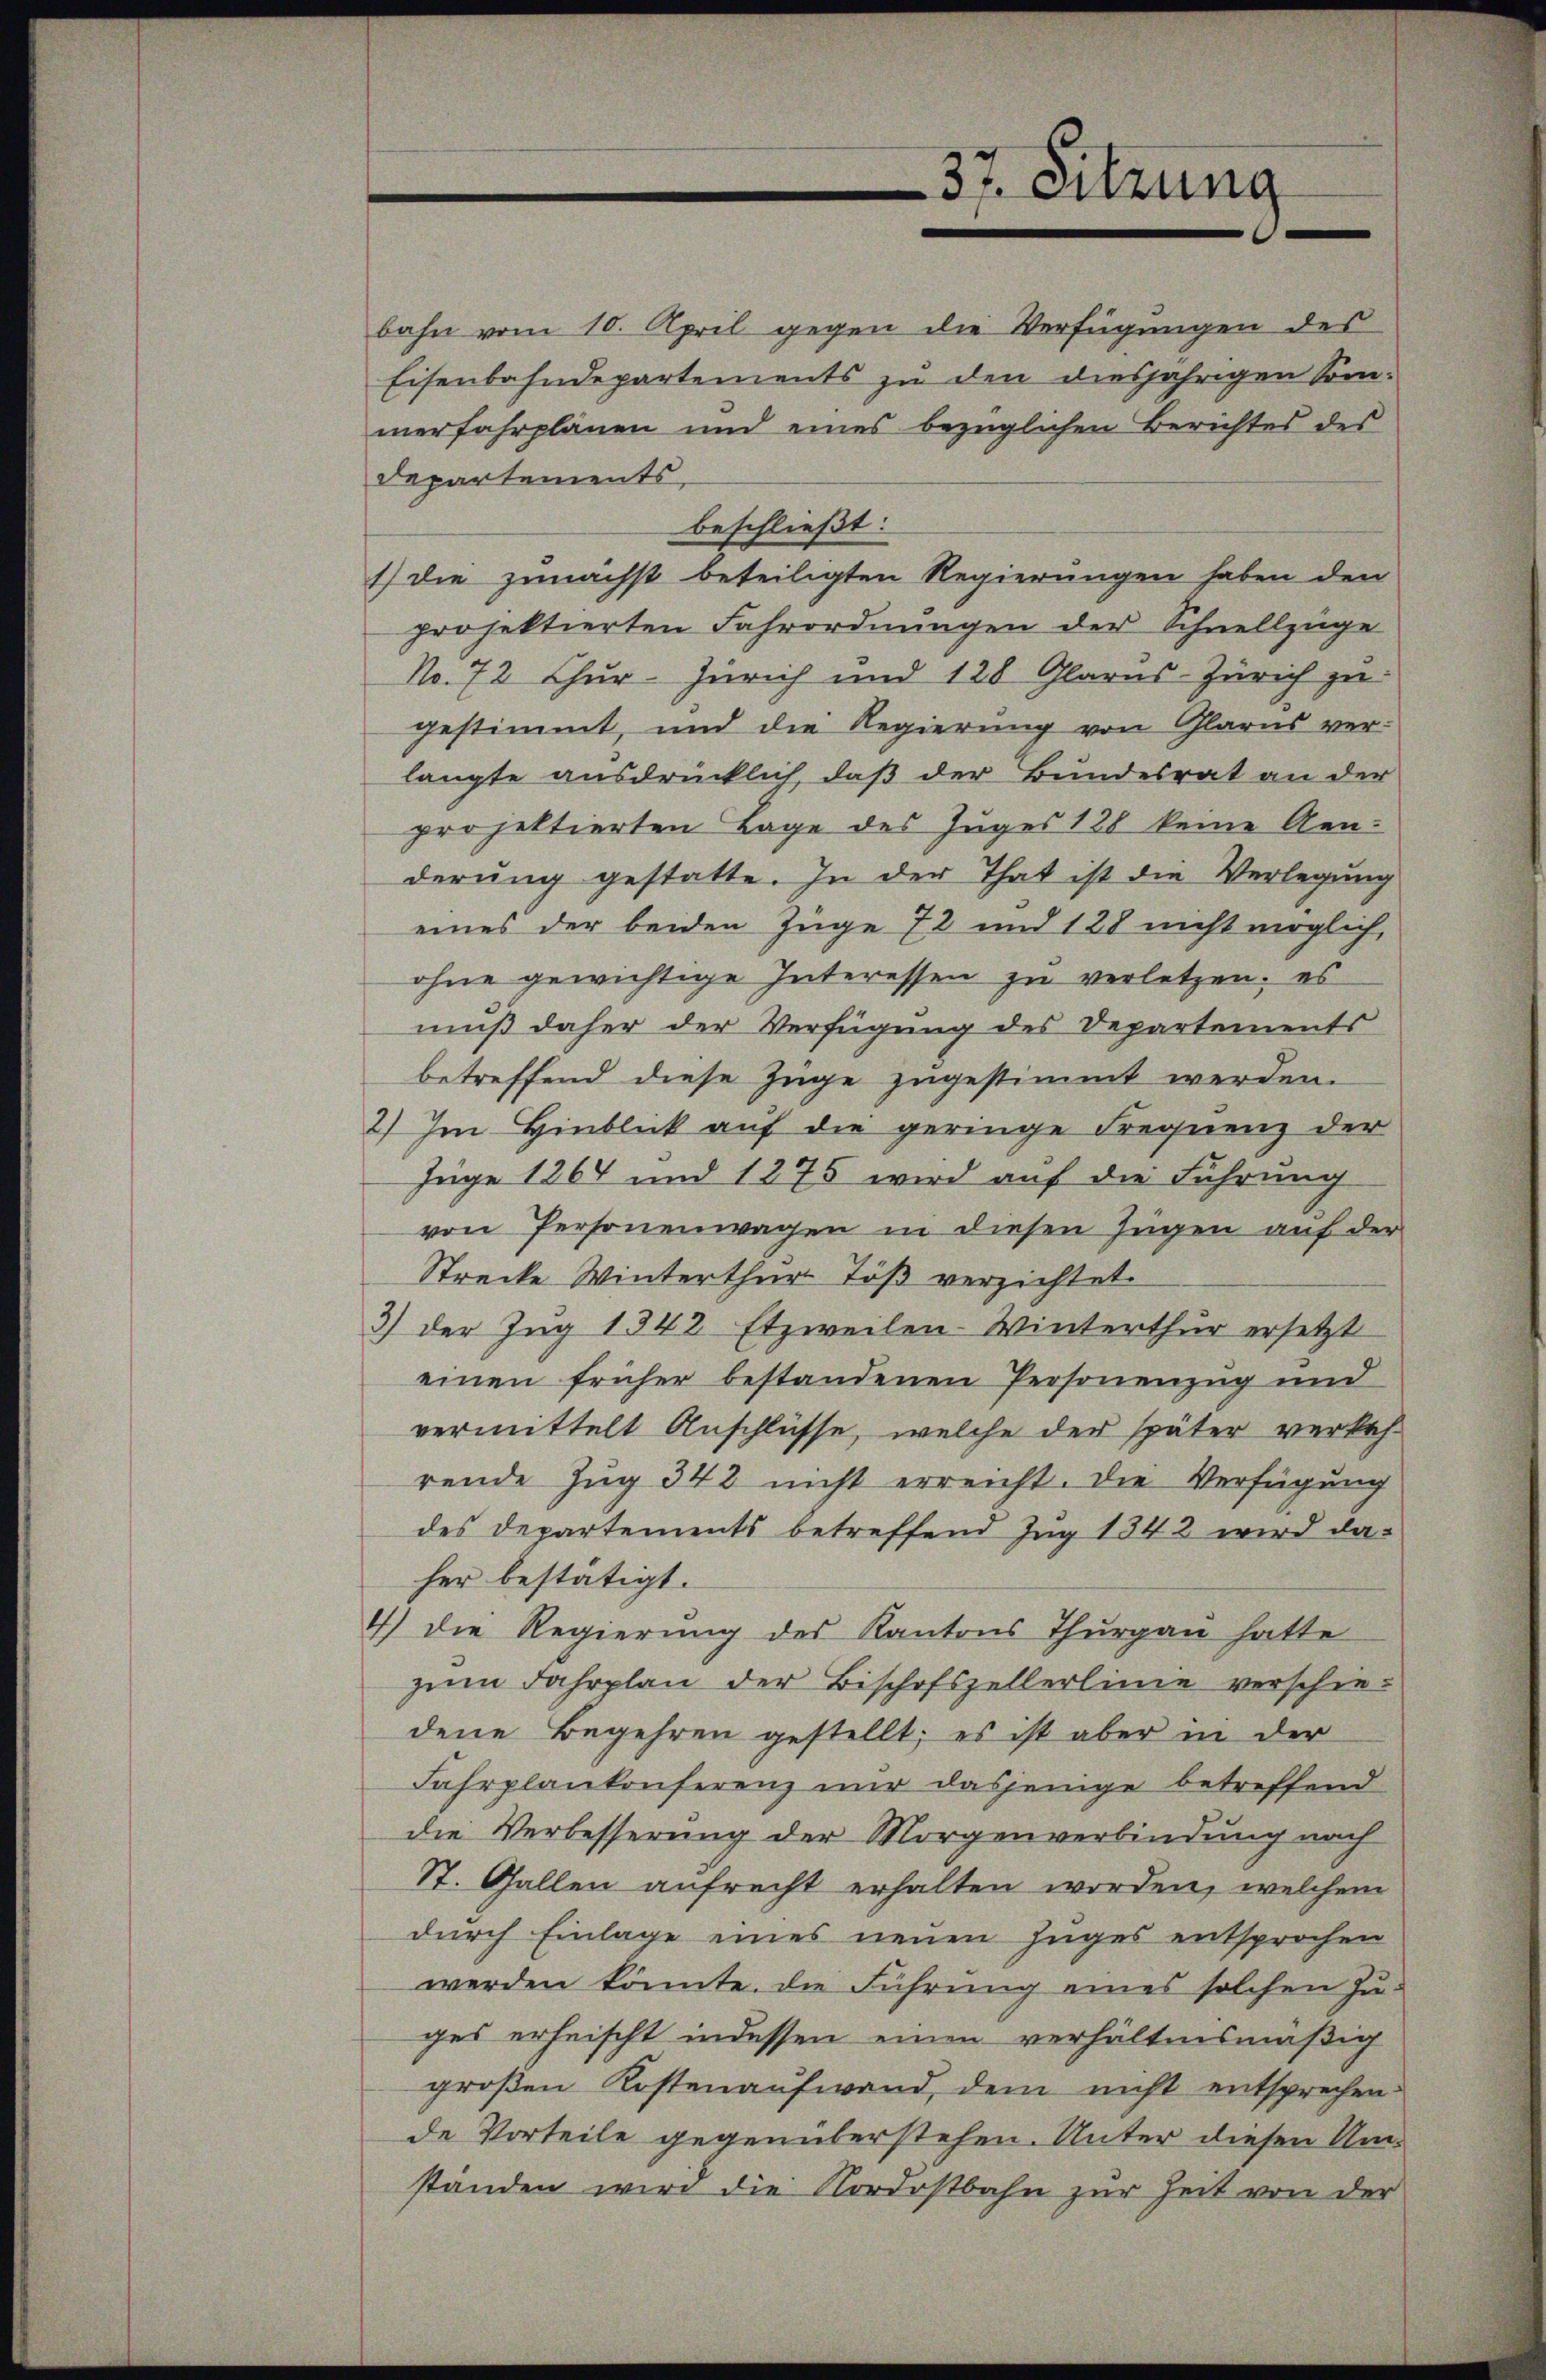
Departements
beschließt:
1) die zunächst beteiligten Regierungen haben den
projektierten Fahrordnungen der Schnellzüge
No. 72 Chur- Zürich und 128 Glarus-Zürich zu
gestimmt, und die Regierung von Glarus ver-
langte ausdrücklich, daß der Bundesrat an der
projektierten Lage des Zuges 128 keine Aenderung gestatte. In der That ist die Verlegung
eines der beiden Zuge 72 und 128 nicht möglich,
ohne gewichtige Interessen zu verletzen; es
muß daher der Verfügung des Departements
betreffend diese Zuge zugestimmt werden.
2) Im Hinblick auf die geringe Frequenz der
Juge 1864 und 1275 wird auf die Führung
von Personenwagen in diesen Zügen auf der
Strecke Winterthur Töß verzichtet.
3) der Zug 1342 Etzweilen-Winterthur ersetzt
einen früher bestandenen Personenzug und
vermittelt Anschlüsse, welche der später verkehrende Zug 342 nicht erreicht. Die Verfügung
des Departements betreffend Zug 1342 wird da-
her bestätigt.
4) die Regierung des Kantons Thurgau hatte
zum Fahrplan der Bischofszellerlinie verschiedene Begehren gestellt; es ist aber in der
Fahrplankonferenz nur dasjenige betreffend
die Verbesserung der Morgenverbindung nach
St. Gallen aufrecht erhalten worden, welchem
durch Einlage eines neuen Zuges entsprochen
werden könnte. Die Führung eines solchen Zu-
ges erheischt indessen einen verhältnismäßig
groβen Kostenaufwand, dem nicht entsprechen.
de Vorteile gegenüberstehen. Unter diesen Umständen wird die Nordostbahn zur Zeit von der

37. Sitzung

bahn vom 10. April gegen die Verfügungen des
Eisenbahndepartements zu den diesjährigen Somierfahrplänen und eines bezüglichen Berichtes des